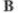
B